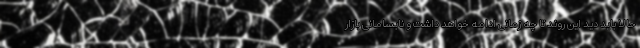
حالا باید دید این روند تا چه زمانی ادامه خواهد داشت و نابسامانی بازار